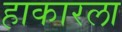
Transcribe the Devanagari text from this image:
हाकारला